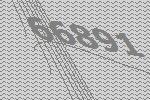
66891